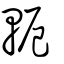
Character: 軛